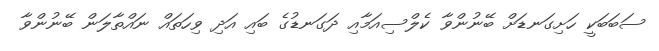
ސަބަބަކީ ހަށިގަނޑަށް ބޭނުންވާ ކެލްސިއަމާއި ދަގަނޑުގެ ބައި އަދި ވިހަތައް ނައްތާލަން ބޭނުންވާ